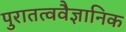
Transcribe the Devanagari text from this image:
पुरातत्ववैज्ञानिक